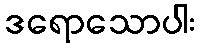
ဒရောသောပါး